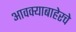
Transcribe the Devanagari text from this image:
आवक्याबाहेरचे